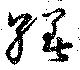
繕